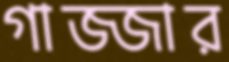
গাজ্জার